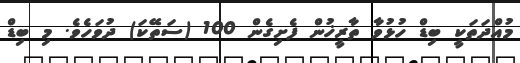
މުއްދަތަކީ ބިޑް ހުޅުވާ ތާރީޚުން ފެށިގެން 100 (ސަތޭކަ) ދުވަހެވެ. މި ބިޑް